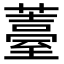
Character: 薹